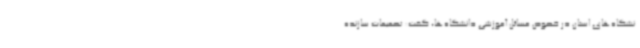
نشگاه‌های استان در خصوص مسائل آموزشی دانشگاه‌ها، گفت: تصمیمات سازنده